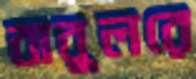
বাবুলরে